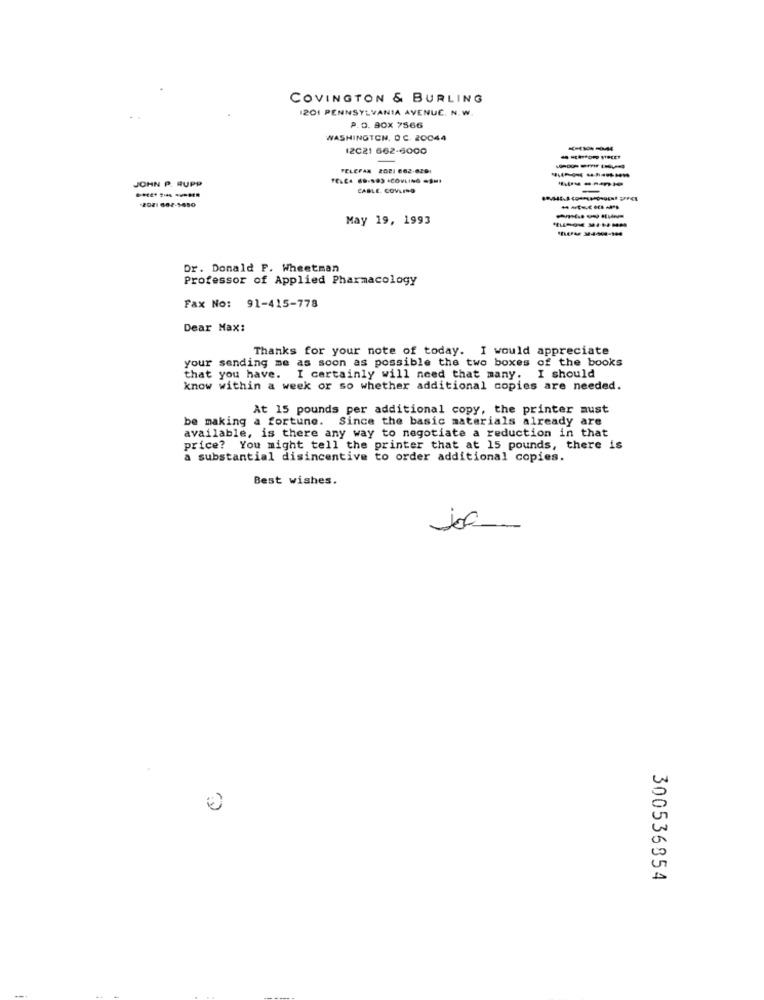
COVINGTON & BURLING
1201 PENNSYLVANIA AVENUE. N.W.
P.O. BOX 7566
WASHINGTON, DC. 20044
12021 662-6000
FELCPAN 2D21 662-620:
JOHN P. RUPP
CABLE COVLINO
2021 682-5650
-----
May 19, 1993
Dr. Donald F. Wheetman
Professor of Applied Pharmacology
Fax No: 91-415-778
Dear Max:
Thanks for your note of today. I would appreciate
your sending me as soon as possible the two boxes of the books
that you have. I certainly will need that many. I should
know within a week or so whether additional copies are needed.
At 15 pounds per additional copy, the printer must
be making a fortune. Since the basic materials already are
available, is there any way to negotiate a reduction in that
price? You might tell the printer that at 15 pounds, there is
a substantial disincentive to order additional copies.
Best wishes.
300536854